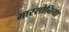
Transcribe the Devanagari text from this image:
मारसोनिया